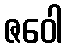
ဇဝေါ